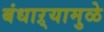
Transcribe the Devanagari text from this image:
बंधाऱ्यामुळे